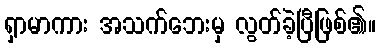
ရှာမာကား အသက်ဘေးမှ လွတ်ခဲ့ပြီဖြစ်၏။